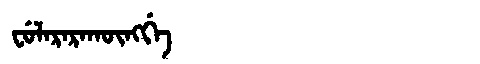
Manchu: ᠸᡠᠯᠠᡵᠠᡵᠠᡴᡡᠩᡤᡝ
Romanization: FULARARAKŪNGGE